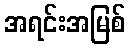
အရင်းအမြစ်